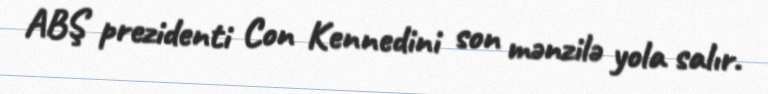
ABŞ prezidenti Con Kennedini son mənzilə yola salır.